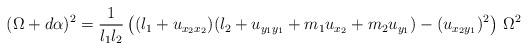
LaTeX: \begin{align*}(\Omega+d\alpha)^2=\frac{1}{l_1l_2}\left((l_1+u_{x_2x_2})(l_2+u_{y_1y_1}+m_1u_{x_2}+m_2u_{y_1})-(u_{x_2y_1})^2\right)\, \Omega^2\end{align*}